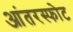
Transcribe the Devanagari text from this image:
आंतरस्फोट